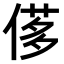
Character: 𠌅